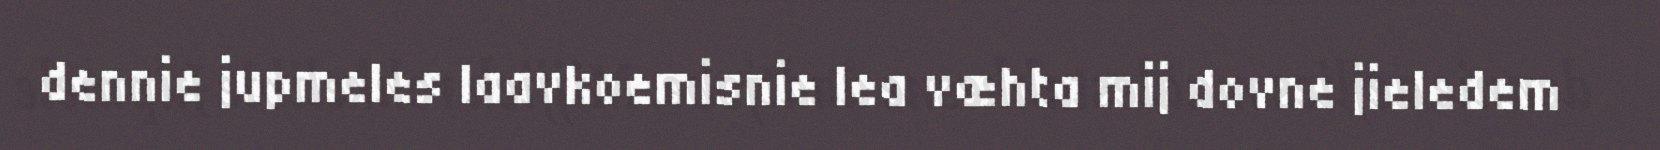
dennie jupmeles laavkoemisnie lea væhta mij dovne jieledem